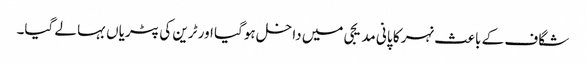
شگاف کے باعث نہر کا پانی مدیجی میں داخل ہوگیا اور ٹرین کی پٹریاں بہا لے گیا۔